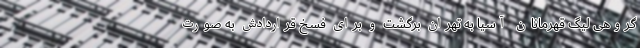
گروهی لیگ قهرمانان آسیا به تهران برگشت و برای فسخ قراردادش به صورت